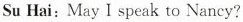
Su Hai:May I speak to Nancy?